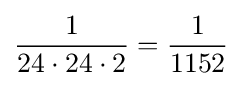
{\frac {1}{24\cdot 24\cdot 2}}={\frac {1}{1152}}